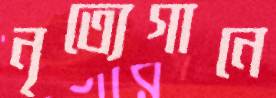
নৃত্যেগানে